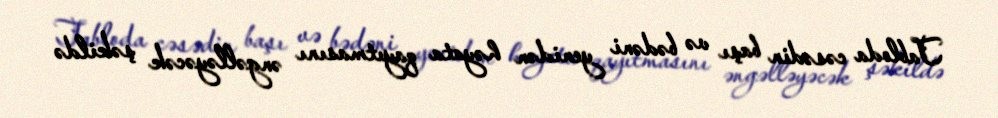
Tabloda cəsədin başı və bədəni yenidən həyata qayıtmasını əngəlləyəcək şəkildə